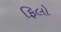
ફિલો